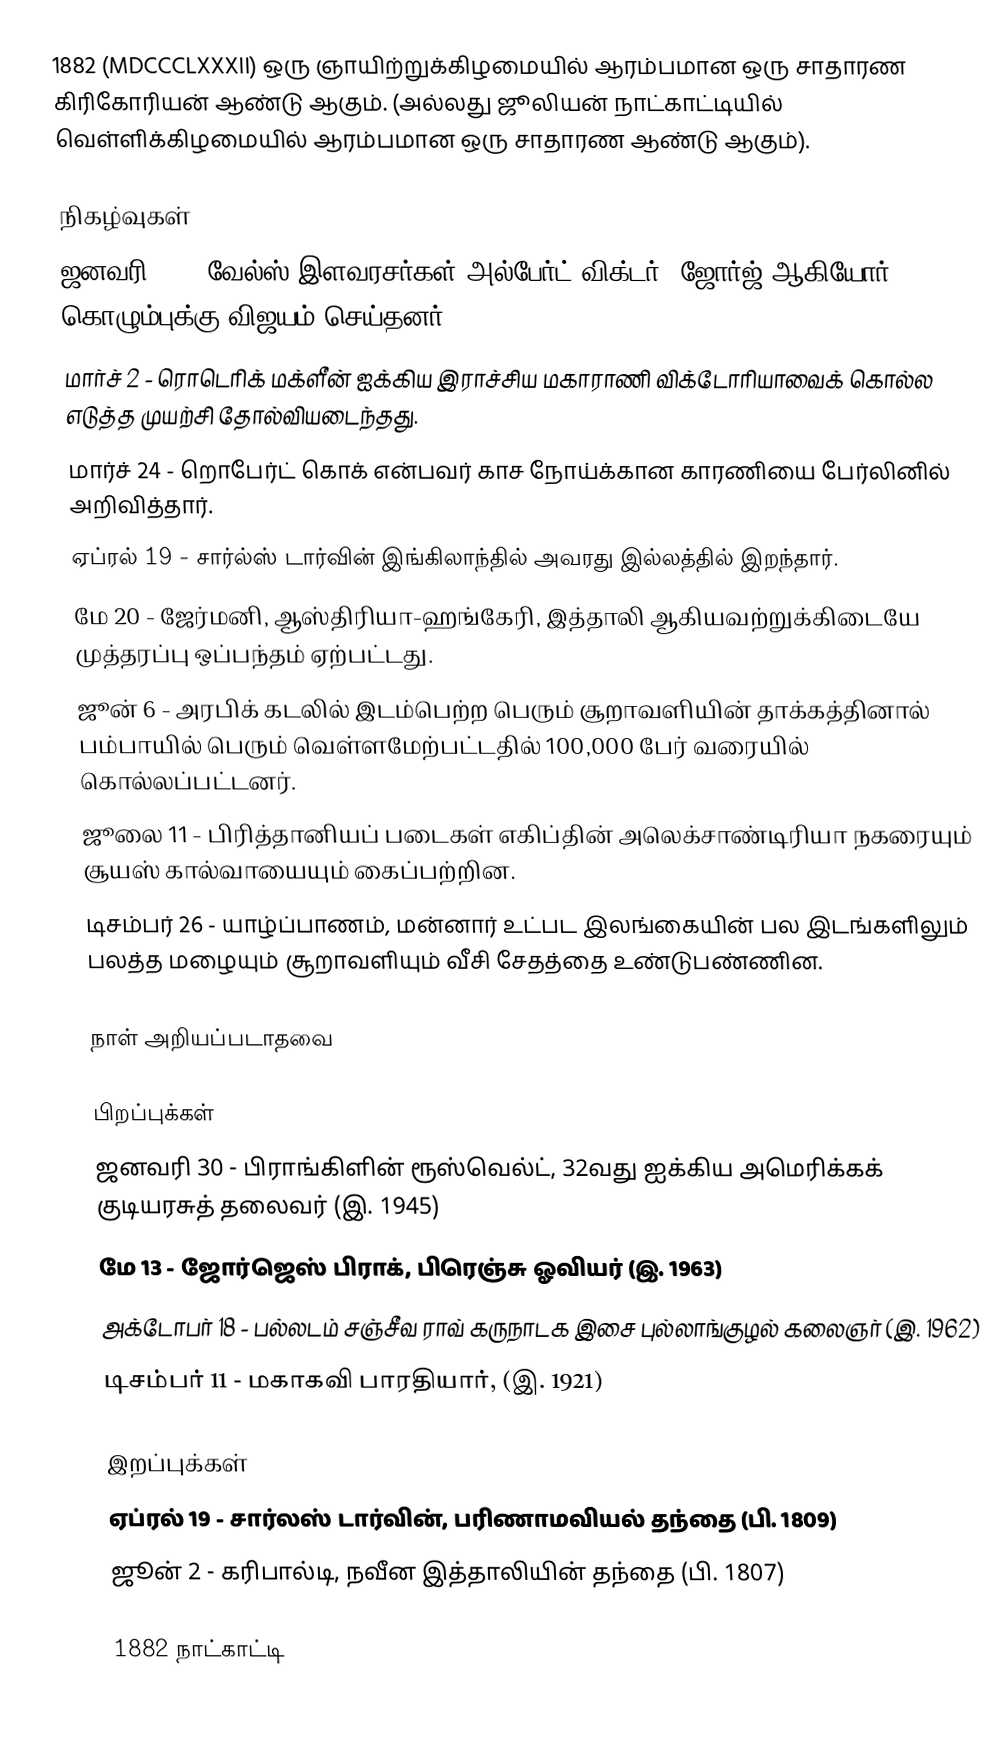
1882  (MDCCCLXXXII) ஒரு ஞாயிற்றுக்கிழமையில் ஆரம்பமான ஒரு சாதாரண கிரிகோரியன் ஆண்டு ஆகும். (அல்லது ஜூலியன் நாட்காட்டியில் வெள்ளிக்கிழமையில் ஆரம்பமான ஒரு சாதாரண ஆண்டு ஆகும்).

நிகழ்வுகள்
 ஜனவரி 25 - வேல்ஸ் இளவரசர்கள் அல்பேர்ட் விக்டர், ஜோர்ஜ் ஆகியோர் கொழும்புக்கு விஜயம் செய்தனர்.
 மார்ச் 2 - ரொடெரிக் மக்ளீன் ஐக்கிய இராச்சிய மகாராணி விக்டோரியாவைக் கொல்ல எடுத்த முயற்சி தோல்வியடைந்தது.
 மார்ச் 24 - றொபேர்ட் கொக் என்பவர் காச நோய்க்கான காரணியை பேர்லினில் அறிவித்தார்.
 ஏப்ரல் 19 - சார்ல்ஸ் டார்வின் இங்கிலாந்தில் அவரது இல்லத்தில் இறந்தார்.
 மே 20 - ஜேர்மனி, ஆஸ்திரியா-ஹங்கேரி, இத்தாலி ஆகியவற்றுக்கிடையே முத்தரப்பு ஒப்பந்தம் ஏற்பட்டது.
 ஜூன் 6 - அரபிக் கடலில் இடம்பெற்ற பெரும் சூறாவளியின் தாக்கத்தினால் பம்பாயில் பெரும் வெள்ளமேற்பட்டதில் 100,000 பேர் வரையில் கொல்லப்பட்டனர்.
 ஜூலை 11 - பிரித்தானியப் படைகள் எகிப்தின் அலெக்சாண்டிரியா நகரையும் சூயஸ் கால்வாயையும் கைப்பற்றின.
 டிசம்பர் 26 - யாழ்ப்பாணம், மன்னார் உட்பட இலங்கையின் பல இடங்களிலும் பலத்த மழையும் சூறாவளியும் வீசி சேதத்தை உண்டுபண்ணின.

நாள் அறியப்படாதவை

பிறப்புக்கள்
 ஜனவரி 30 - பிராங்கிளின் ரூஸ்வெல்ட், 32வது ஐக்கிய அமெரிக்கக் குடியரசுத் தலைவர் (இ. 1945)
 மே 13 - ஜோர்ஜெஸ் பிராக், பிரெஞ்சு ஓவியர் (இ. 1963)
 அக்டோபர் 18 - பல்லடம் சஞ்சீவ ராவ் கருநாடக இசை புல்லாங்குழல் கலைஞர் (இ. 1962)
 டிசம்பர் 11 - மகாகவி பாரதியார், (இ. 1921)

இறப்புக்கள்
 ஏப்ரல் 19 - சார்லஸ் டார்வின், பரிணாமவியல் தந்தை (பி. 1809)
 ஜூன் 2 - கரிபால்டி, நவீன இத்தாலியின் தந்தை (பி. 1807)

1882 நாட்காட்டி